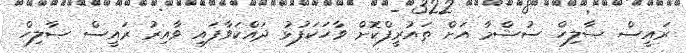
ރައީސް ޞާލިހް ސުޝްމާ އަށް ތައުރީފްކޮށް ވާހަކަފުޅު ދައްކަވާފައި ވާއިރު ރައީސް ޞާލިހް